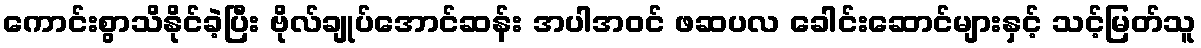
ကောင်းစွာသိနိုင်ခဲ့ပြီး ဗိုလ်ချုပ်အောင်ဆန်း အပါအဝင် ဖဆပလ ခေါင်းဆောင်များနှင့် သင့်မြတ်သူ